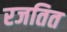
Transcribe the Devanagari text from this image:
रजतित